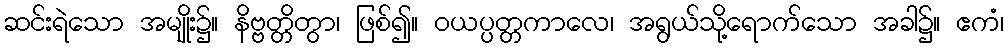
ဆင်းရဲသော အမျိုး၌။ နိဗ္ဗတ္တိတွာ၊ ဖြစ်၍။ ဝယပ္ပတ္တကာလေ၊ အရွယ်သို့ရောက်သော အခါ၌။ ဧကံ၊